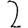
Digit: 2